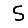
Digit: 5